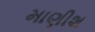
માણીશ